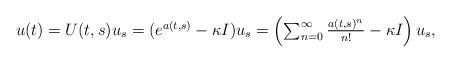
LaTeX: \begin{align*} \begin{array}{ll} u(t) = U(t,s) u_s = ( e^{a(t,s)} - \kappa I ) u_s = \left( \sum_{n=0}^{\infty} \frac{ a(t,s)^n}{n!} - \kappa I \right) u_s,\end{array} \end{align*}